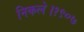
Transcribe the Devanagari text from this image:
निकले।१९०७